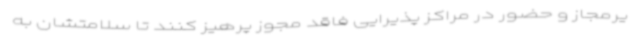
یرمجاز و حضور در مراکز پذیرایی فاقد مجوز پرهیز کنند تا سلامتشان به